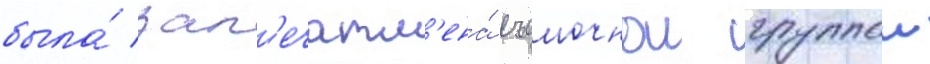
была́ зап'ечатл'ена́ съемочнои группои